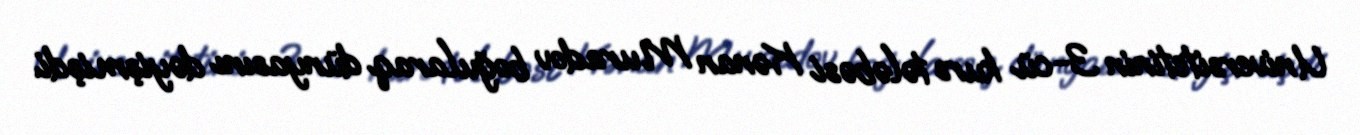
Universitetinin 3-cü kurs tələbəsi Kənan Muradov boğularaq dünyasını dəyişmişdi.